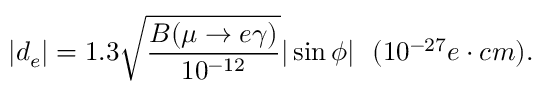
| d _ { e } | = 1 . 3 \sqrt { \frac { B ( \mu \rightarrow e \gamma ) } { 1 0 ^ { - 1 2 } } } | \sin \phi | ~ ~ ( 1 0 ^ { - 2 7 } e \cdot c m ) .